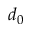
d _ { 0 }